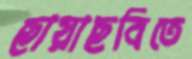
ছায়াছবিতে